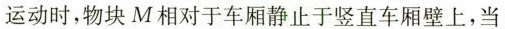
运动时，物块M相对于车厢静止于竖直车厢壁上，当